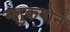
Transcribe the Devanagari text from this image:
ग्लुकगोन